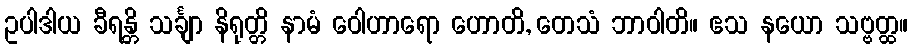
ဥပါဒါယ ခီရန္တိ သင်္ချာ နိရုတ္တိ နာမံ ဝေါဟာရော ဟောတိ, တေသံ ဘာဝါတိ။ ဧသ နယော သဗ္ဗတ္ထ။